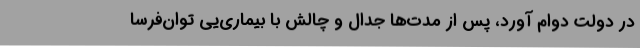
در دولت دوام آورد، پس از مدت‌ها جدال و چالش با بیماری‌یی توان‌فرسا